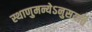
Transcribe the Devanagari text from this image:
स्थाणुमन्येऽनुसयति